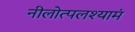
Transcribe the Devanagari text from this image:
नीलोत्पलश्यामं